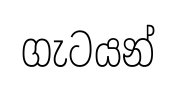
ගැටයන්